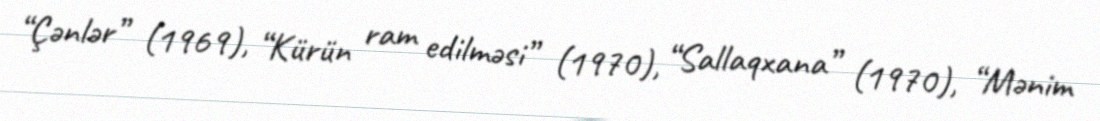
“Çənlər” (1969), “Kürün ram edilməsi” (1970), “Sallaqxana” (1970), “Mənim